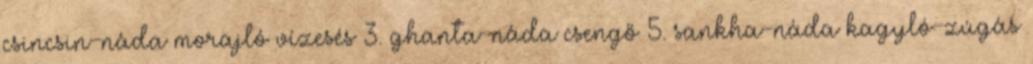
csincsin-náda morajló vízesés 3. ghanta-náda csengő 5. sankha-náda kagyló-zúgás